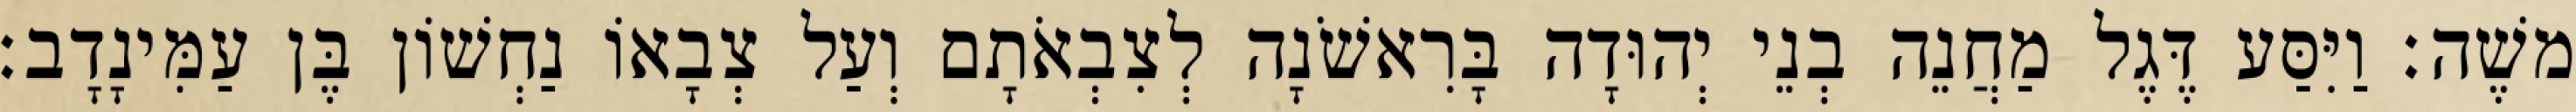
משֶׁה׃ וַיִּסַּע דֶּגֶל מַחֲנֵה בְנֵי יְהוּדָה בָּרִאשֹׁנָה לְצִבְאֹתָם וְעַל צְבָאוֹ נַחְשׁוֹן בֶּן עַמִּינָדָב׃